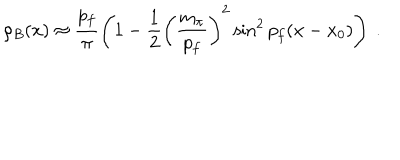
LaTeX: \rho _ { B } ( x ) \approx \frac { p _ { f } } { \pi } \left( 1 - \frac { 1 } { 2 } \left( \frac { m _ { \pi } } { p _ { f } } \right) ^ { 2 } \sin ^ { 2 } p _ { f } ( x - x _ { 0 } ) \right) \ .